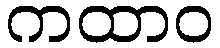
ကထာဝ